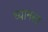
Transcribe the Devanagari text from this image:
ध्यानस्त